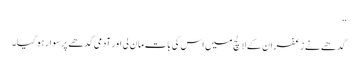
”
گدھے نے زعفران کے لالچ میں اس کی بات مان لی اور آدمی گدھے پر سوار ہو گیا۔